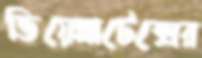
ভিয়েল্লাটেক্সের